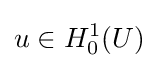
u\in H_{0}^{1}(U)